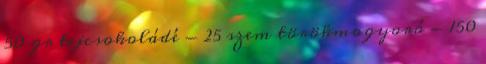
50 gr tejcsokoládé - 25 szem törökmogyoró - 150